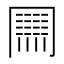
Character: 𠕲